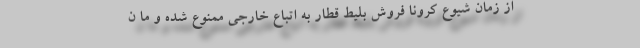
از زمان شیوع کرونا فروش بلیط قطار به اتباع خارجی ممنوع شده و ما ن